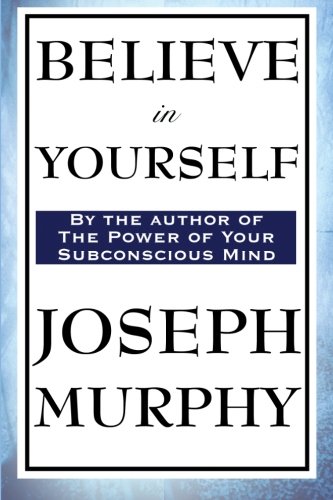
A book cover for Believe in Yourself; Dr. Joseph Murphy; Religion & Spirituality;